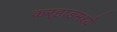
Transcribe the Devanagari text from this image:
कर्‍हाडमध्ये